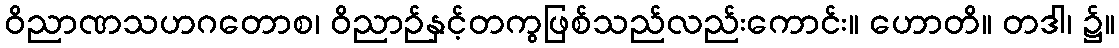
ဝိညာဏသဟဂတောစ၊ ဝိညာဉ်နှင့်တကွဖြစ်သည်လည်းကောင်း။ ဟောတိ။ တဒါ၊ ၌။